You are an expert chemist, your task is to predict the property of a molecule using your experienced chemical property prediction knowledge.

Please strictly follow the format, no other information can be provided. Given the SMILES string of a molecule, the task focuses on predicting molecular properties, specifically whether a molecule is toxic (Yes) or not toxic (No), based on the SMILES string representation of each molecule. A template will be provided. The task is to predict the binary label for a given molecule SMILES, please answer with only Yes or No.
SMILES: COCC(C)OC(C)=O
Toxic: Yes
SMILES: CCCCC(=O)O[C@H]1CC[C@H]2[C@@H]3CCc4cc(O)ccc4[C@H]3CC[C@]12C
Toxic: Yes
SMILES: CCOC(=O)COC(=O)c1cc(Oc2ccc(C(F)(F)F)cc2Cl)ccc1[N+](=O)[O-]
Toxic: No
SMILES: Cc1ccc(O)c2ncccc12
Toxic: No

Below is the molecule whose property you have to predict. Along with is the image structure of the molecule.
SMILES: COc1cc(-c2ccc(N=C=O)c(OC)c2)ccc1N=C=O
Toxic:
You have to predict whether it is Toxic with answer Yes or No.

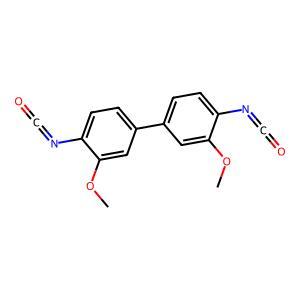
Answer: No